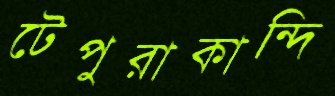
টেপুরাকান্দি